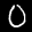
Label: 0